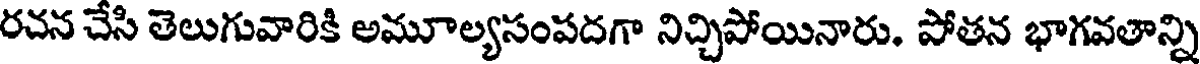
రచన చేసి తెలుగువారికి అమూల్యసంపదగా నిచ్చిపోయినారు. పోతన భాగవతాన్ని